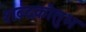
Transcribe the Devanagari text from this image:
शब्दकौतुभ